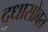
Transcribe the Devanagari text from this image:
दुधासोबत